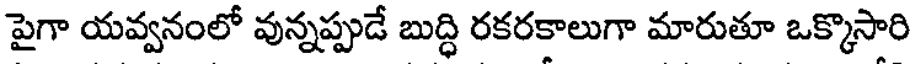
పైగా యవ్వనంలో వున్నప్పుడే బుద్ధి రకరకాలుగా మారుతూ ఒక్కొసారి